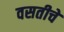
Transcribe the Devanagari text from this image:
वसतीचे